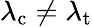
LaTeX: \lambda_{\mathrm{c}}\neq\lambda_{\mathrm{t}}